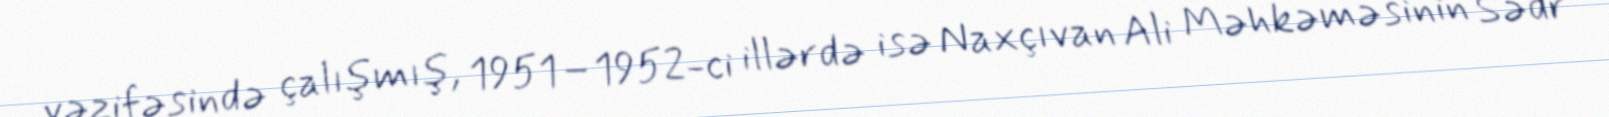
vəzifəsində çalışmış, 1951–1952-ci illərdə isə Naxçıvan Ali Məhkəməsinin Sədr